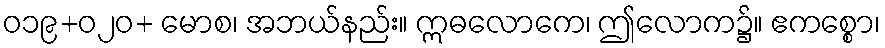
ဝ၁၉+၀၂ဝ+ မောစ၊ အဘယ်နည်း။ ဣဓလောကေ၊ ဤလောက၌။ ဧကစ္စော၊